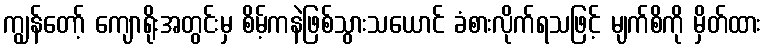
ကျွန်တော့် ကျောရိုးအတွင်းမှ စိမ့်ကနဲဖြစ်သွားသယောင် ခံစားလိုက်ရသဖြင့် မျက်စိကို မှိတ်ထား